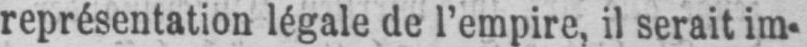
représentation légale de l’empire, il serait im-